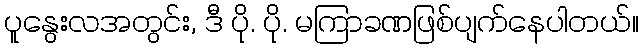
ပူနွေးလအတွင်း, ဒီ ပို. ပို. မကြာခဏဖြစ်ပျက်နေပါတယ်။